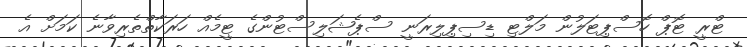
ޓްރީ ޓޮޕް ހޮސްޕިޓަލުން މަލްޓި ޑިސިޕިލިރަނީ ސްޕެޝަލިސްޓުންގެ ޓީމެއް ހަރަކާތްތެރިވާނެ ކަމަށް އެ